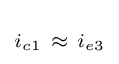
\scriptstyle i_{c1}~\approx ~i_{e3}